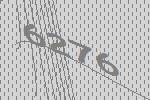
6276